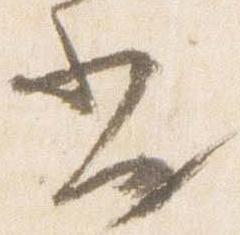
書